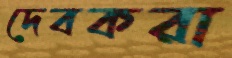
দেবকরা